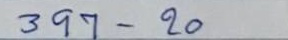
397 - 20